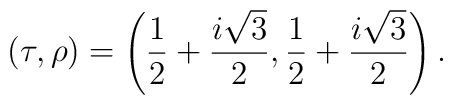
(\tau, \rho)=\left(\frac{1}{2} +\frac{i\sqrt{3}}{2},\frac{1}{2} +\frac{i\sqrt{3}}{2}\right).